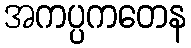
အကပ္ပကတေန